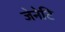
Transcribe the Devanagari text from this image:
जेनेटि